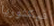
فيكتوريا